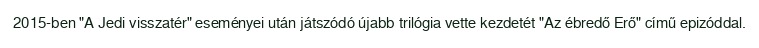
2015-ben "A Jedi visszatér" eseményei után játszódó újabb trilógia vette kezdetét "Az ébredő Erő" című epizóddal.